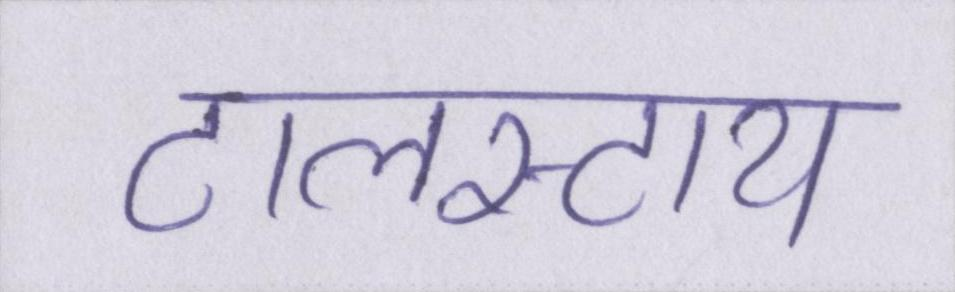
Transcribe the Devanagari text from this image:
टालस्टाय